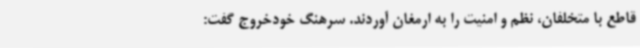
قاطع با متخلفان، نظم و امنیت را به ارمغان آوردند. سرهنگ خودخروج گفت: